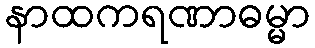
နာထကရဏာဓမ္မာ